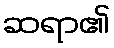
ဆရာ၏